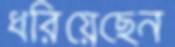
ধরিয়েছেন